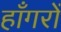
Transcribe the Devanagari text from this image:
हाँगरों